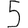
Digit: 5